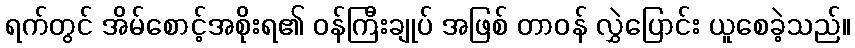
ရက်တွင် အိမ်စောင့်အစိုးရ၏ ဝန်ကြီးချုပ် အဖြစ် တာဝန် လွှဲပြောင်း ယူစေခဲ့သည်။